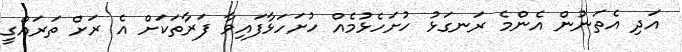
އަދި އެތަނުން އެންމެ ރަނގަޅު ހުށަހެޅުމެއް ހުށަހަޅާފައިވާ ފަރާތަކަށް އެ ރަށް ތަރައްގީ